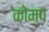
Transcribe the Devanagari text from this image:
कोम्प